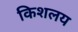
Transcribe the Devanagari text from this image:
किशलय